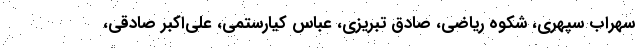
سهراب سپهری، شکوه ریاضی، صادق تبریزی، عباس کیارستمی، علی‌اکبر صادقی،